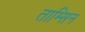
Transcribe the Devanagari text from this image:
ताम्सिन